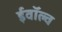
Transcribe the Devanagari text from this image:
ईवॉल्व